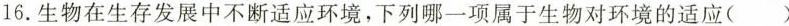
16.生物在生存发展中不断适应环境，下列哪一项属于生物对环境的适应()